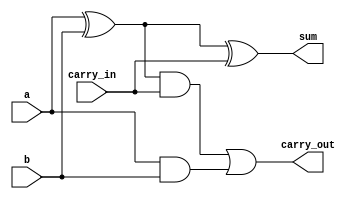
// Code your design here
module full_adder(a, b, carry_in, sum, carry_out);
  
  input a;
  input b;
  input carry_in;
  output sum;
  output carry_out;
  
  wire w1;
  wire w2;
  wire w3;
  
  /*
  
  We know in Full Adder 
  sum = a ^ b ^ carry_in;
  and 
  carry_out = (a ^ b) & carry_in | (a & b);
  
  */
  
  assign w1 = a ^ b;
  assign w2 = w1 & carry_in;
  assign w3 = a & b;
  
  assign sum = w1 ^ carry_in;
  
  assign carry_out = w2 | w3;
  
  
endmodule